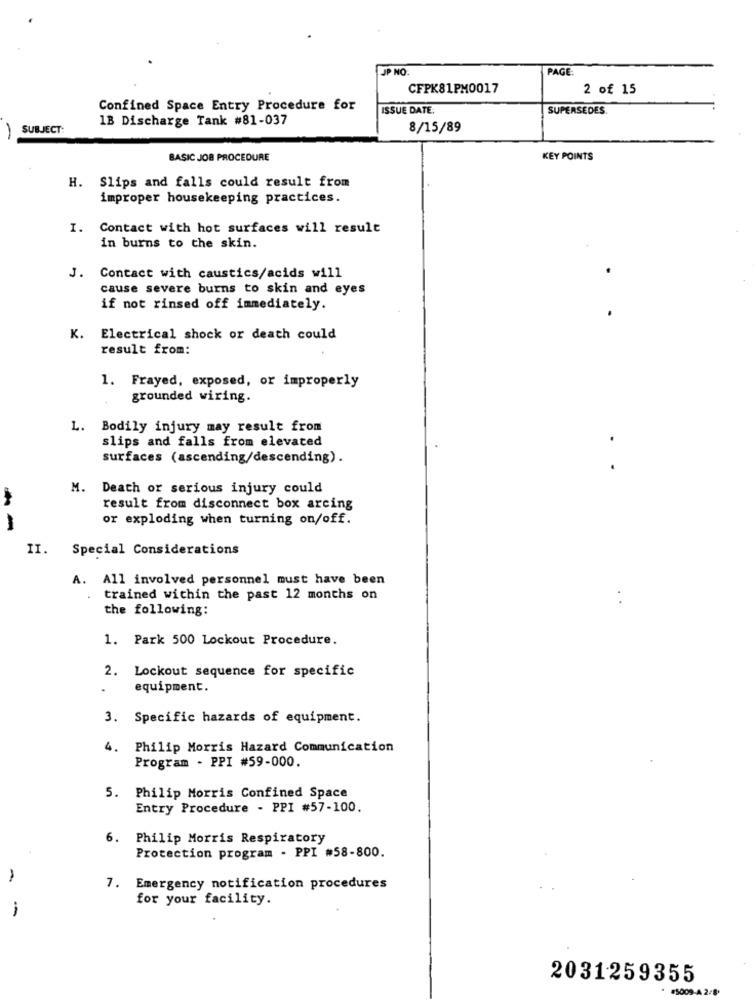
JP NO
PAGE
CFPK81PM0017
2 of 15
Confined Space Entry Procedure for
ISSUE DATE:
SUPERSEDES.
1B Discharge Tank #81-037
SUBJECT:
8/15/89
BASIC JOB PROCEDURE
KEY POINTS
H. Slips and falls could result from
improper housekeeping practices.
I. Contact with hot surfaces will result
in burns to the skin.
J. Contact with caustics/acids will
cause severe burns to skin and eyes
if not rinsed off immediately.
K. Electrical shock or death could
result from:
1. Frayed, exposed, or improperly
grounded wiring.
L. Bodily injury may result from
slips and falls from elevated
surfaces (ascending/descending).
M. Death or serious injury could
result from disconnect box arcing
or exploding when turning on/off.
--
Special Considerations
II.
A. All involved personnel must have been
trained within the past 12 months on
the following:
1. Park 500 Lockout Procedure.
2. Lockout sequence for specific
.
equipment.
3. Specific hazards of equipment.
4.
Philip Morris Hazard Communication
Program - PPI #59-000.
5. Philip Morris Confined Space
Entry Procedure - PPI #57-100.
Philip Morris Respiratory
Protection program - PPI #58-800.
7. Emergency notification procedures
for your facility.
-
2031259355
#5009-4